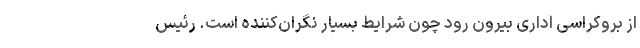
از بروکراسی اداری بیرون رود چون شرایط بسیار نگران‌کننده است. رئیس